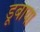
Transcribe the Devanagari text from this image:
डूबाया